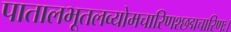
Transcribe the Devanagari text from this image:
पातालभूतलव्योमचारिणश्छद्मचारिणः।